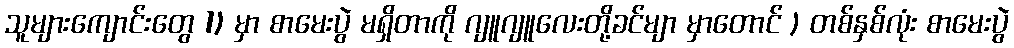
သူများကျောင်းတွေ 1) မှာ စာမေးပွဲ မရှိတာကို ဂျူဂျူလေးတို့ခင်မျာ မှာတောင် ) တစ်နှစ်လုံး စာမေးပွဲ